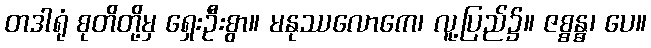
တဒါရုံ စုတိတို့မှ ရှေးဦးစွာ။ မနုဿလောကေ၊ လူ့ပြည်၌။ ဇစ္စန္ဓ၊ ပေ။